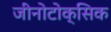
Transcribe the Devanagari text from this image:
जीनोटोक्सिक